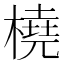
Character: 橈